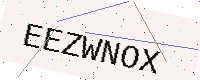
Text: EEZWNOX